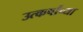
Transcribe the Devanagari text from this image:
उत्कर्षांच्या